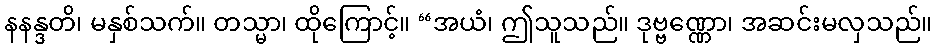
နနန္ဒတိ၊ မနှစ်သက်။ တသ္မာ၊ ထိုကြောင့်။ “အယံ၊ ဤသူသည်။ ဒုဗ္ဗဏ္ဏော၊ အဆင်းမလှသည်။